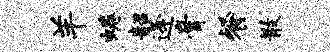
羊蜷韶逄膏餐散